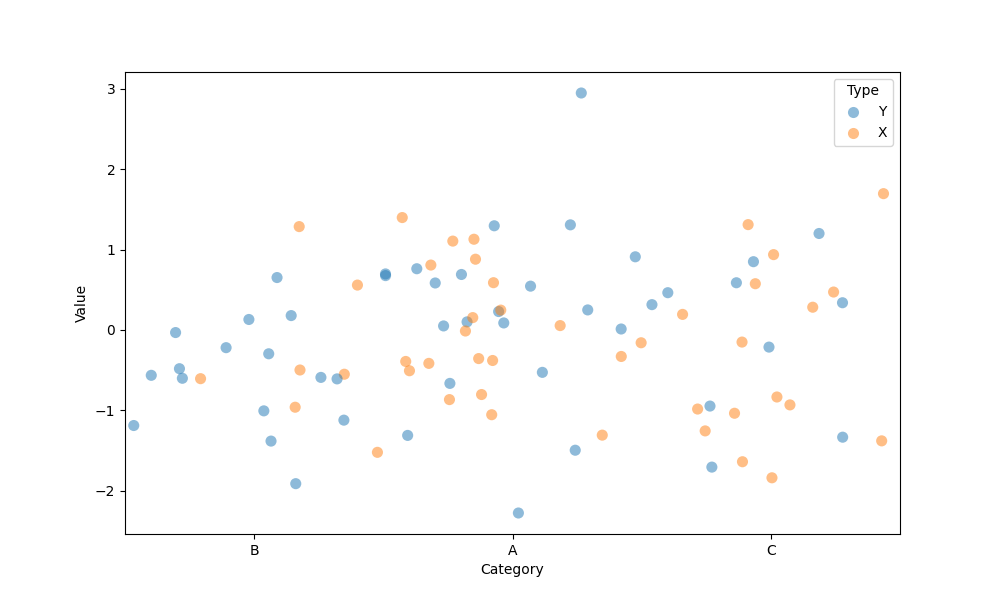
python, seaborn, stripplot, jitter=True, dodge=True, alpha=0.5, size=8